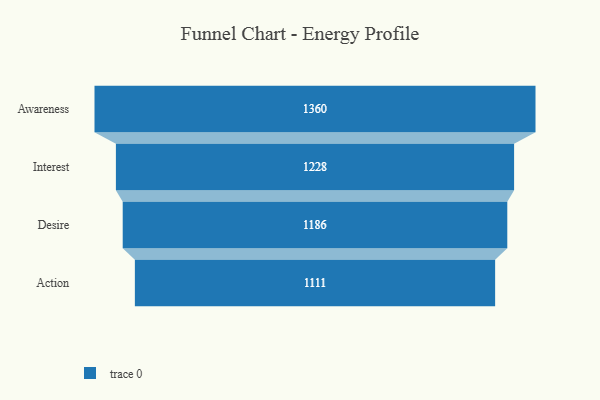
{"axis": {"x": "Stage", "y": "Value"}, "legend": [""], "data": [{"x": "Awareness", "y": 1360.0, "type": ""}, {"x": "Interest", "y": 1228.0, "type": ""}, {"x": "Desire", "y": 1186.0, "type": ""}, {"x": "Action", "y": 1111.0, "type": ""}]}